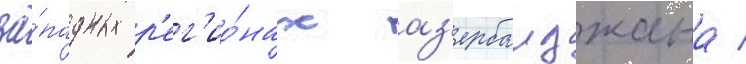
за́падных р'ег'ио́нах аз'ербаиджана /